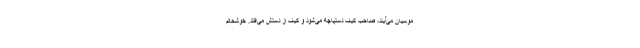
موسیان می‌آیند، صاحب کیف دستپاچه می‌شود و کیف از دستش می‌افتد. خوشحالم